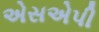
એસએપી